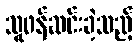
သူဖန်ဆင်းခဲ့သည့်